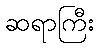
ဆရာကြီး